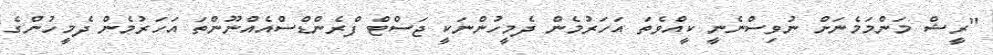
"ރީޝް މަންމަމެނަށް ނުވިސްނެނީ ކީއްވެތަ އަހަރުމެން ދެމީހުންނަކީ ޖަސްޓް ފްރެންޑްސްއެއްނޫންތަ އަހަރުމެން ދެމީހުންގެ